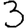
Digit: 3